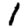
Digit: 1